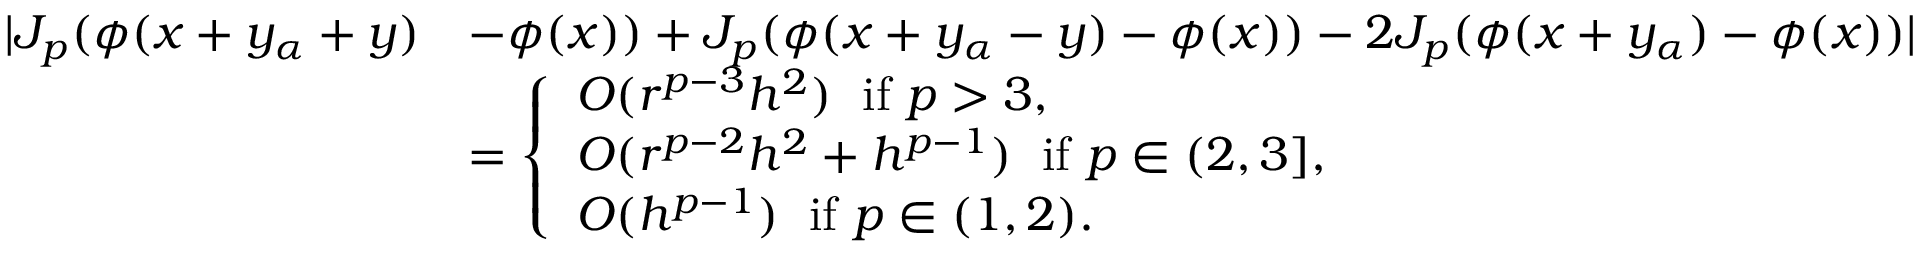
\begin{array} { r l } { | J _ { p } ( \phi ( x + y _ { \alpha } + y ) } & { - \phi ( x ) ) + J _ { p } ( \phi ( x + y _ { \alpha } - y ) - \phi ( x ) ) - 2 J _ { p } ( \phi ( x + y _ { \alpha } ) - \phi ( x ) ) | } \\ & { = \left\{ \begin{array} { l l } { O ( r ^ { p - 3 } h ^ { 2 } ) \; \mathrm { ~ i f ~ } p > 3 , } \\ { O ( r ^ { p - 2 } h ^ { 2 } + h ^ { p - 1 } ) \; \mathrm { ~ i f ~ } p \in ( 2 , 3 ] , } \\ { O ( h ^ { p - 1 } ) \; \mathrm { ~ i f ~ } p \in ( 1 , 2 ) . } \end{array} \right. } \end{array}